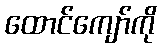
ထောင်ကျော်ကို